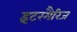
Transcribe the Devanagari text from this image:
इंटरमैरिज